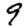
Digit: 9